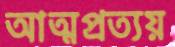
আত্মপ্রত্যয়